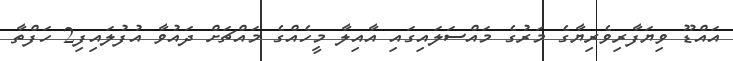
އައްޑޫ ވިޔަފާރިވެރިޔާގެ މަރުގެ މައްސަލައިގައި އާއިލާ މީހެއްގެ މައްޗަށް ދައުވާ އުފުލައިފި2 ހަފްތާ